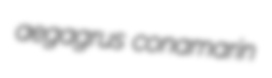
aegagrus conamarin